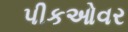
પીકઓવર